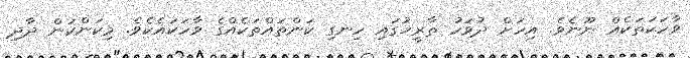
ވާހަކަތަކެއް ނޫނެވެ. އިހަށް ދުވަހު ތާރީޚުގައި ހިނގި ކަންތައްތަކެއްގެ ވާހަކައެކެވެ. މިކަންކަން ދާދި